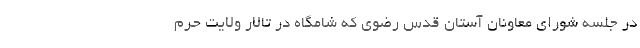
در جلسه شورای معاونان آستان قدس رضوی که شامگاه در تالار ولایت حرم